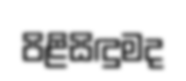
පිළිසිඳුමද